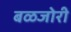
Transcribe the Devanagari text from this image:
बळजोरी